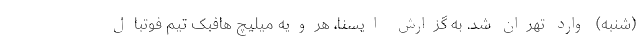
(شنبه) وارد تهران شد. به گزارش ایسنا، هرویه میلیچ هافبک تیم فوتبال